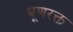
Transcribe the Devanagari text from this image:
भ्रूणरक्त